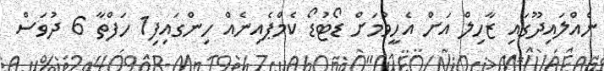
ނެއްލައިދޫގައި ޒާހިލް އަށް އެހީވުމަށް ޑޯޓުޑޯ ކެމްޕެއިނެއް ހިންގައިފި1 ހަފްތާ 6 ދުވަސް